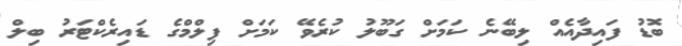
ބޮޑު ފައިދާއެއް ލިބޭނެ ކަމަށް ގަބޫލު ކުރެވޭ ކަމަށް ފިލްމްގެ ޑައިރެކްޓަރު ބިލް